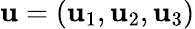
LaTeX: \mathbf{u}=(\mathbf{u}_{1},\mathbf{u}_{2},\mathbf{u}_{3})